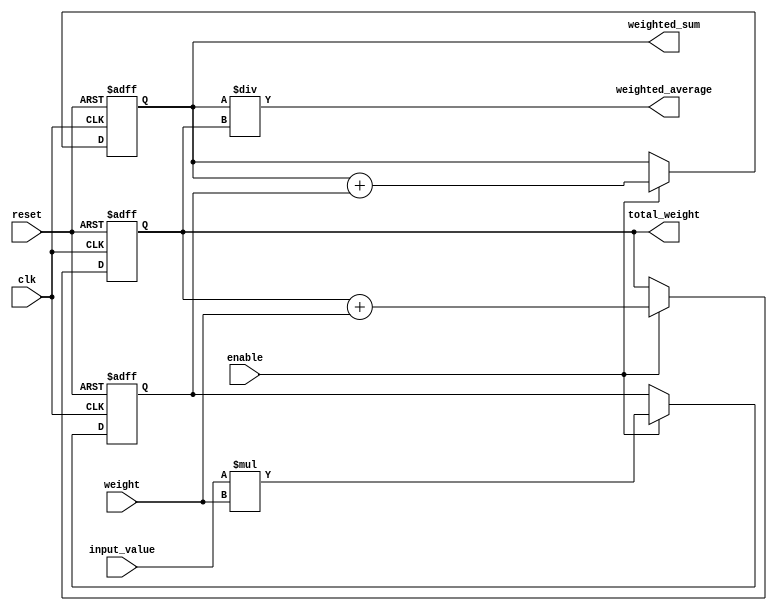
module weighted_moving_average_accumulator (
  input clk,
  input reset,
  input enable,
  input [7:0] input_value,
  input [7:0] weight,
  output reg [15:0] weighted_sum,
  output reg [7:0] total_weight,
  output reg [15:0] weighted_average
);

reg [15:0] weighted_value;

always @(posedge clk or posedge reset) begin
  if (reset) begin
    weighted_sum <= 16'h0;
    total_weight <= 8'h0;
    weighted_value <= 16'h0;
  end else if (enable) begin
    weighted_value <= input_value * weight;
    weighted_sum <= weighted_sum + weighted_value;
    total_weight <= total_weight + weight;
  end
end

assign weighted_average = weighted_sum / total_weight;

endmodule